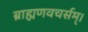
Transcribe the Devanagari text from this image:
ब्राह्मणवचर्सम्।